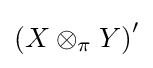
\left(X\otimes _{\pi }Y\right)^{\prime }